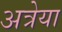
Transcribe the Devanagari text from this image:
अत्रेया